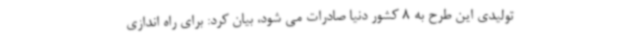
تولیدی این طرح به 8 کشور دنیا صادرات می شود، بیان کرد: برای راه اندازی